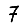
Digit: 7